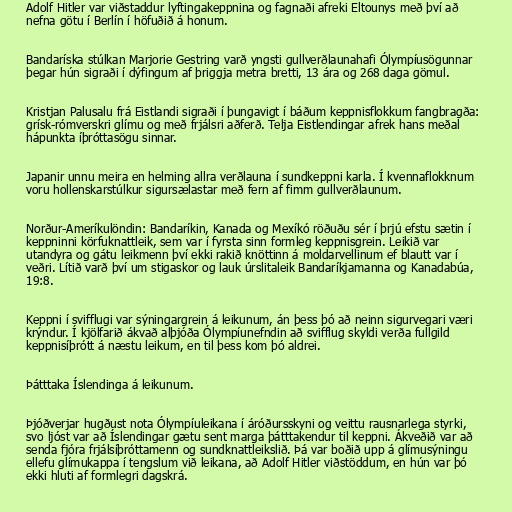
Adolf Hitler var viðstaddur lyftingakeppnina og fagnaði afreki Eltounys með því að
nefna götu í Berlín í höfuðið á honum.

Bandaríska stúlkan Marjorie Gestring varð yngsti gullverðlaunahafi Ólympíusögunnar
þegar hún sigraði í dýfingum af þriggja metra bretti, 13 ára og 268 daga gömul.

Kristjan Palusalu frá Eistlandi sigraði í þungavigt í báðum keppnisflokkum fangbragða:
grísk-rómverskri glímu og með frjálsri aðferð. Telja Eistlendingar afrek hans meðal
hápunkta íþróttasögu sinnar.

Japanir unnu meira en helming allra verðlauna í sundkeppni karla. Í kvennaflokknum
voru hollenskarstúlkur sigursælastar með fern af fimm gullverðlaunum.

Norður-Ameríkulöndin: Bandaríkin, Kanada og Mexíkó röðuðu sér í þrjú efstu sætin í
keppninni körfuknattleik, sem var í fyrsta sinn formleg keppnisgrein. Leikið var
utandyra og gátu leikmenn því ekki rakið knöttinn á moldarvellinum ef blautt var í
veðri. Lítið varð því um stigaskor og lauk úrslitaleik Bandaríkjamanna og Kanadabúa,
19:8.

Keppni í svifflugi var sýningargrein á leikunum, án þess þó að neinn sigurvegari væri
krýndur. Í kjölfarið ákvað alþjóða Ólympíunefndin að svifflug skyldi verða fullgild
keppnisíþrótt á næstu leikum, en til þess kom þó aldrei.

Þátttaka Íslendinga á leikunum.

Þjóðverjar hugðust nota Ólympíuleikana í áróðursskyni og veittu rausnarlega styrki,
svo ljóst var að Íslendingar gætu sent marga þátttakendur til keppni. Ákveðið var að
senda fjóra frjálsíþróttamenn og sundknattleikslið. Þá var boðið upp á glímusýningu
ellefu glímukappa í tengslum við leikana, að Adolf Hitler viðstöddum, en hún var þó
ekki hluti af formlegri dagskrá.